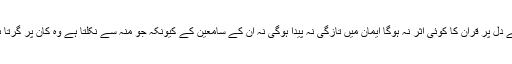
۴؎ یعنی صرف زبان پر قرآن کے الفاظ ہوں گے دل پر قرآن کا کوئی اثر نہ ہوگا ایمان میں تازگی نہ پیدا ہوگی نہ ان کے سامعین کے کیونکہ جو منہ سے نکلتا ہے وہ کان پر گرتا ہے جو دماغ سے نکلتا ہے وہ دماغ پرگرتا ہے۔